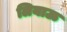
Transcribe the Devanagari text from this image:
लियाऊ